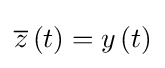
{\overline {z}}\left(t\right)=y\left(t\right)